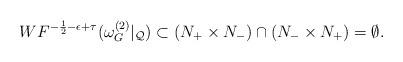
LaTeX: \begin{align*}WF^{-\frac12-\epsilon+\tau}(\omega^{(2)}_{G}|_{\cal{Q}})\subset( N_+\times N_{-})\cap( N_-\times N_{+})=\emptyset.\end{align*}